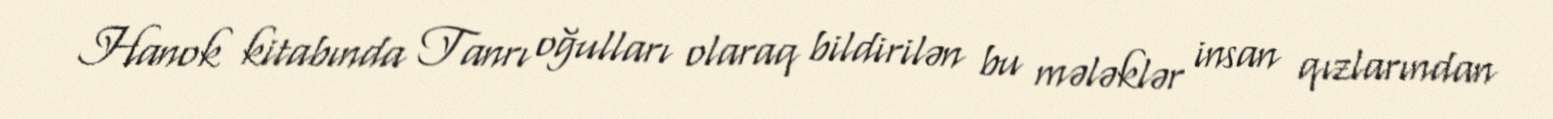
Hanok kitabında Tanrı oğulları olaraq bildirilən bu mələklər insan qızlarından